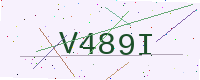
Text: V489I